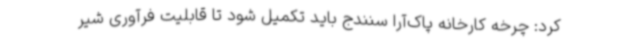
کرد: چرخه کارخانه پاک‌آرا سنندج باید تکمیل شود تا قابلیت فرآوری شیر